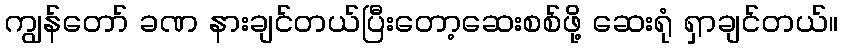
ကျွန်တော် ခဏ နားချင်တယ်ပြီးတော့ဆေးစစ်ဖို့ ဆေးရုံ ရှာချင်တယ်။